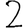
Digit: 2